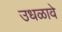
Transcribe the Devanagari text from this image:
उधळावे